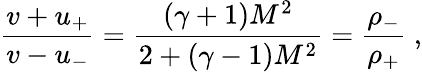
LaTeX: {\frac{v+u_{+}}{v-u_{-}}}={\frac{(\gamma+1)M^{2}}{2+(\gamma-1)M^{2}}}={\frac{\rho_{-}}{\rho_{+}}}\; ,